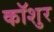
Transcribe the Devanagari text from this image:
कॉशुर